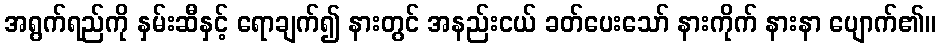
အရွက်ရည်ကို နှမ်းဆီနှင့် ရောချက်၍ နားတွင် အနည်းငယ် ခတ်ပေးသော် နားကိုက် နားနာ ပျောက်၏။